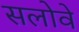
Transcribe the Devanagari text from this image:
सलोवे